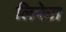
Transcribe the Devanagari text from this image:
लिपेटा